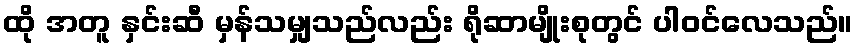
ထို အတူ နှင်းဆီ မှန်သမျှသည်လည်း ရိုဆာမျိုးစုတွင် ပါဝင်လေသည်။